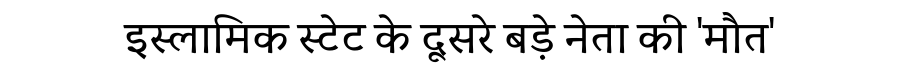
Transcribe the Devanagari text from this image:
इस्लामिक स्टेट के दूसरे बड़े नेता की 'मौत'